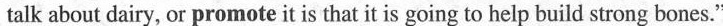
talk about dairy, or proms.ote it is that it is going to help build strong bone"